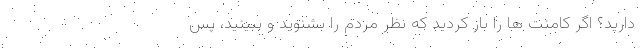
دارید؟ اگر کامنت ها را باز کردید که نظر مردم را بشنوید و ببینید، پس